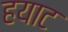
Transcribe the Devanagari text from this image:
हयाट